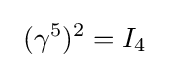
\ (\gamma ^{5})^{2}=I_{4}\